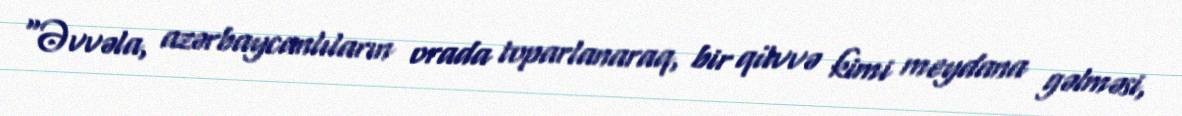
“Əvvəla, azərbaycanlıların orada toparlanaraq, bir qüvvə kimi meydana gəlməsi,